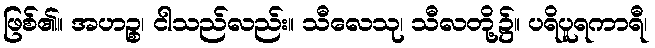
ဖြစ်၏။ အဟဉ္စ၊ ငါသည်လည်း။ သီလေသု၊ သီလတို့၌။ ပရိပူရကာရီ၊